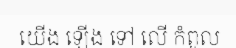
យើង ឡើង ទៅ លើ កំពូល